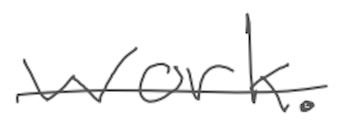
Text: work.
Cross-out: single-line
Writing tool: digital_gray